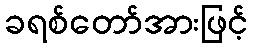
ခရစ်တော်အားဖြင့်